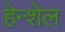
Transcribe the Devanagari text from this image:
हेन्शेल